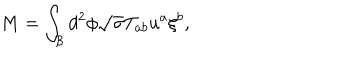
M = \int _ { \mathcal { B } } d ^ { 2 } \phi \sqrt { \sigma } T _ { a b } u ^ { a } \xi ^ { b } ,